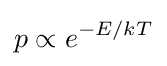
p\propto e^{-E/kT}